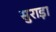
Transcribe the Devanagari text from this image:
सुराड़ा